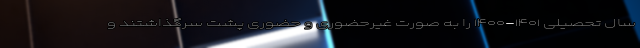
سال تحصیلی ۱۴۰۱-۱۴۰۰ را به صورت غیرحضوری و حضوری پشت سرگذاشتند و